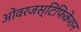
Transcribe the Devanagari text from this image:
ओवरजस्टिफिकेशन